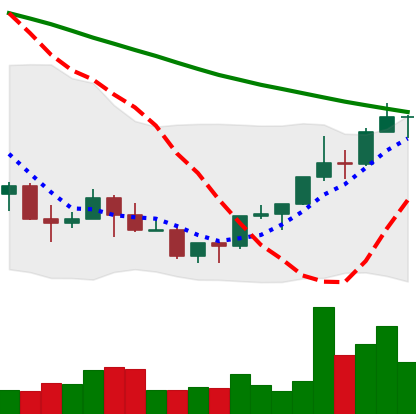
Ticker: NEO-USD
Chart end date: 2022-03-24
Forward return: 10.394%
Label: up_7plus